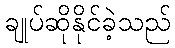
ချုပ်ဆိုနိုင်ခဲ့သည်